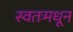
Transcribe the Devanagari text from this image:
स्वतःमधून